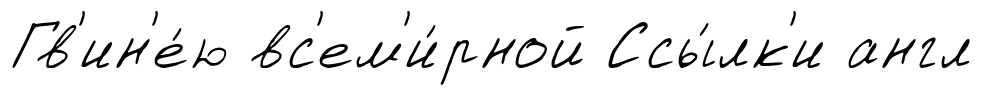
Гв'ин'е́ю вс'ем'и́рной Ссы́лк'и англ